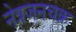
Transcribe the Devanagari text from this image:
नेत्रजनचक्र